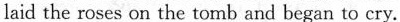
laid the roses on the tomb and began to cry.